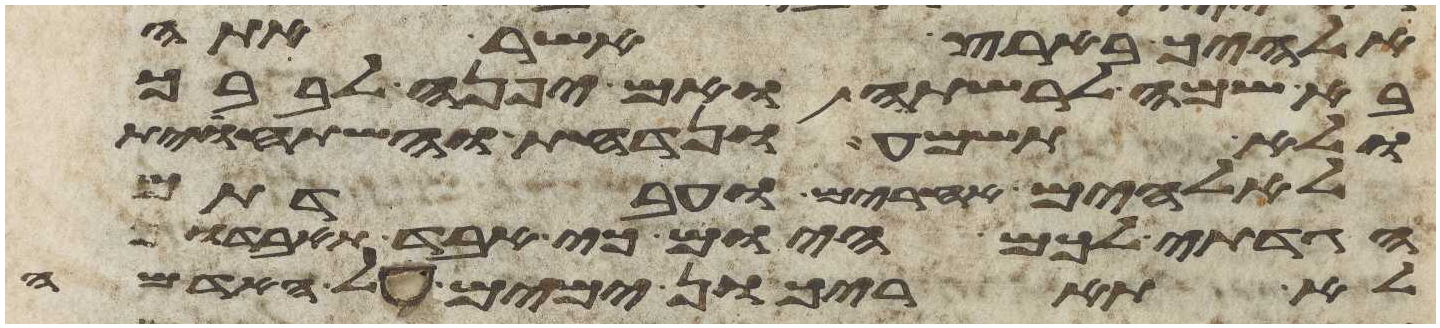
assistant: אלהיך בארץ אשר אתה
בא שמה לרשתה ואם יפנה לבבך
ולא תשמע ונדחת והשתחוית
לאלהים אחרים ועבדתם
הגדתי לכם היום כי אבד תאבדון
לא תאריכון ימים על האדמה